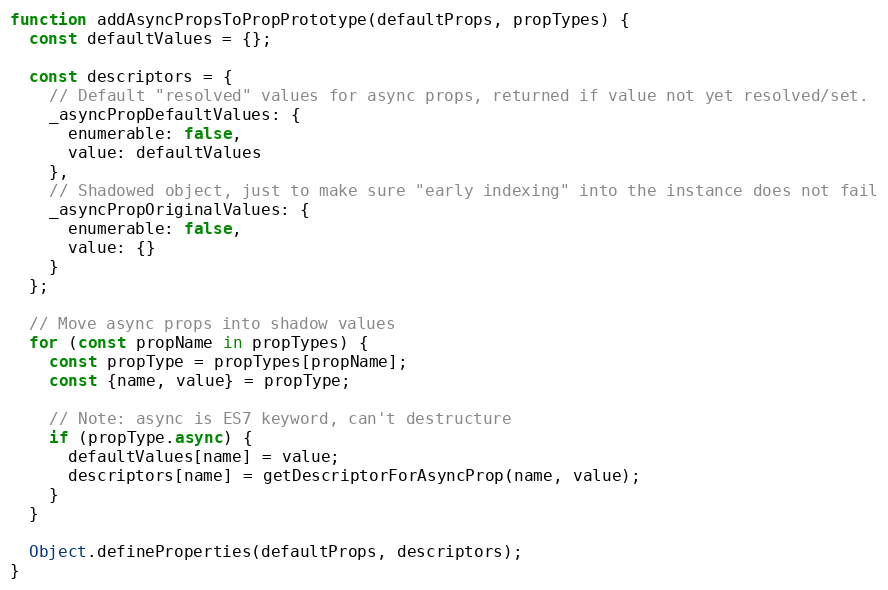
Language: JavaScript
function addAsyncPropsToPropPrototype(defaultProps, propTypes) {
  const defaultValues = {};

  const descriptors = {
    // Default "resolved" values for async props, returned if value not yet resolved/set.
    _asyncPropDefaultValues: {
      enumerable: false,
      value: defaultValues
    },
    // Shadowed object, just to make sure "early indexing" into the instance does not fail
    _asyncPropOriginalValues: {
      enumerable: false,
      value: {}
    }
  };

  // Move async props into shadow values
  for (const propName in propTypes) {
    const propType = propTypes[propName];
    const {name, value} = propType;

    // Note: async is ES7 keyword, can't destructure
    if (propType.async) {
      defaultValues[name] = value;
      descriptors[name] = getDescriptorForAsyncProp(name, value);
    }
  }

  Object.defineProperties(defaultProps, descriptors);
}